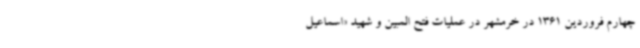
چهارم فروردین 1361 در خرمشهر در عملیات فتح المبین و شهید «اسماعیل